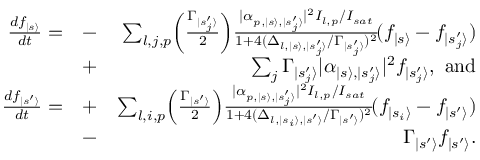
\begin{array} { r l r } { \frac { d f _ { | s \rangle } } { d t } = } & { - } & { \sum _ { l , j , p } \! \left( { \frac { \Gamma _ { | s _ { j } ^ { \prime } \rangle } } { 2 } } \right) \! { \frac { | \alpha _ { p , | s \rangle , | s _ { j } ^ { \prime } \rangle } | ^ { 2 } I _ { l , p } / I _ { s a t } } { 1 + 4 ( \Delta _ { l , | s \rangle , | s _ { j } ^ { \prime } \rangle } / \Gamma _ { | s _ { j } ^ { \prime } \rangle } ) ^ { 2 } } } \! ( f _ { | s \rangle } - f _ { | s _ { j } ^ { \prime } \rangle } ) } \\ & { + } & { \ \sum _ { j } \Gamma _ { | s _ { j } ^ { \prime } \rangle } | \boldsymbol { \alpha } _ { | s \rangle , | s _ { j } ^ { \prime } \rangle } | ^ { 2 } f _ { | s _ { j } ^ { \prime } \rangle } , \ \mathrm { a n d } } \\ { \frac { d f _ { | s ^ { \prime } \rangle } } { d t } = } & { + } & { \sum _ { l , i , p } \! \left( { \frac { \Gamma _ { | s ^ { \prime } \rangle } } { 2 } } \right) \! { \frac { | \alpha _ { p , | s \rangle , | s _ { j } ^ { \prime } \rangle } | ^ { 2 } I _ { l , p } / I _ { s a t } } { 1 + 4 ( \Delta _ { l , | s _ { i } \rangle , | s ^ { \prime } \rangle } / \Gamma _ { | s ^ { \prime } \rangle } ) ^ { 2 } } } \! ( f _ { | s _ { i } \rangle } - f _ { | s ^ { \prime } \rangle } ) } \\ & { - } & { \ \Gamma _ { | s ^ { \prime } \rangle } f _ { | s ^ { \prime } \rangle } . } \end{array}